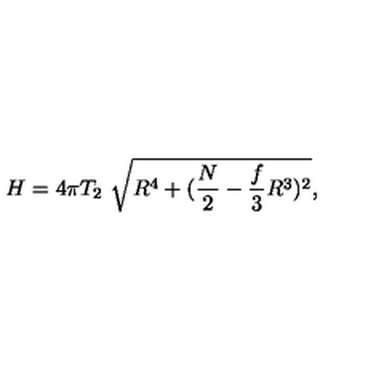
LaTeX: H = 4 \pi T _ { 2 } \ \sqrt { R ^ { 4 } + ( \frac { N } { 2 } - \frac { f } { 3 } R ^ { 3 } ) ^ { 2 } } ,